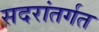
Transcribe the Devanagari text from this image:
सदरांतर्गत